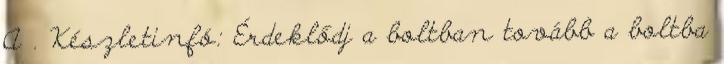
A . Készletinfó: Érdeklődj a boltban tovább a boltba